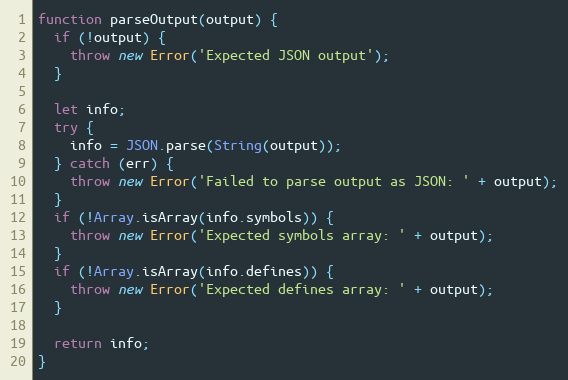
Language: JavaScript
function parseOutput(output) {
  if (!output) {
    throw new Error('Expected JSON output');
  }

  let info;
  try {
    info = JSON.parse(String(output));
  } catch (err) {
    throw new Error('Failed to parse output as JSON: ' + output);
  }
  if (!Array.isArray(info.symbols)) {
    throw new Error('Expected symbols array: ' + output);
  }
  if (!Array.isArray(info.defines)) {
    throw new Error('Expected defines array: ' + output);
  }

  return info;
}